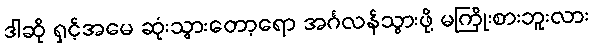
ဒါဆို ရှင့်အမေ ဆုံးသွားတော့ရော အင်္ဂလန်သွားဖို့ မကြိုးစားဘူးလား